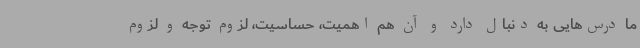
ما درس‌هایی به دنبال دارد و آن هم اهمیت، حساسیت، لزوم توجه و لزوم